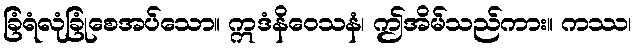
ခြံရံလုံခြုံစေအပ်သော။ ဣဒံနိဝေသနံ၊ ဤအိမ်သည်ကား။ ကဿ၊